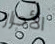
الأحرار